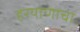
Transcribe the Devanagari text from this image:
हरयाणाचा